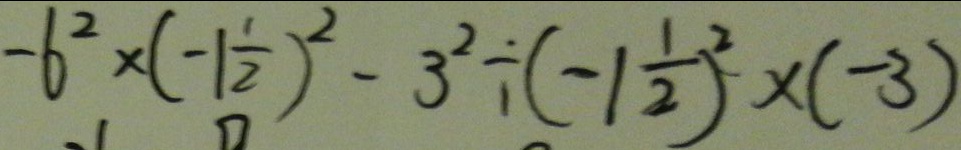
- 6 ^ { 2 } \times ( - 1 \frac { 1 } { 2 } ) ^ { 2 } - 3 ^ { 2 } \div ( - 1 \frac { 1 } { 2 } ) ^ { 2 } \times ( - 3 )